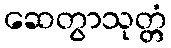
ဆေတွာသုတ္တံ